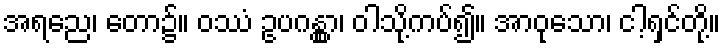
အရညေ၊ တော၌။ ဝဿံ ဥပဂန္တွာ၊ ဝါသို့ကပ်၍။ အာဝုသော၊ ငါ့ရှင်တို့။